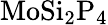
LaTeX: \mathrm{MoSi_{2}P_{4}}